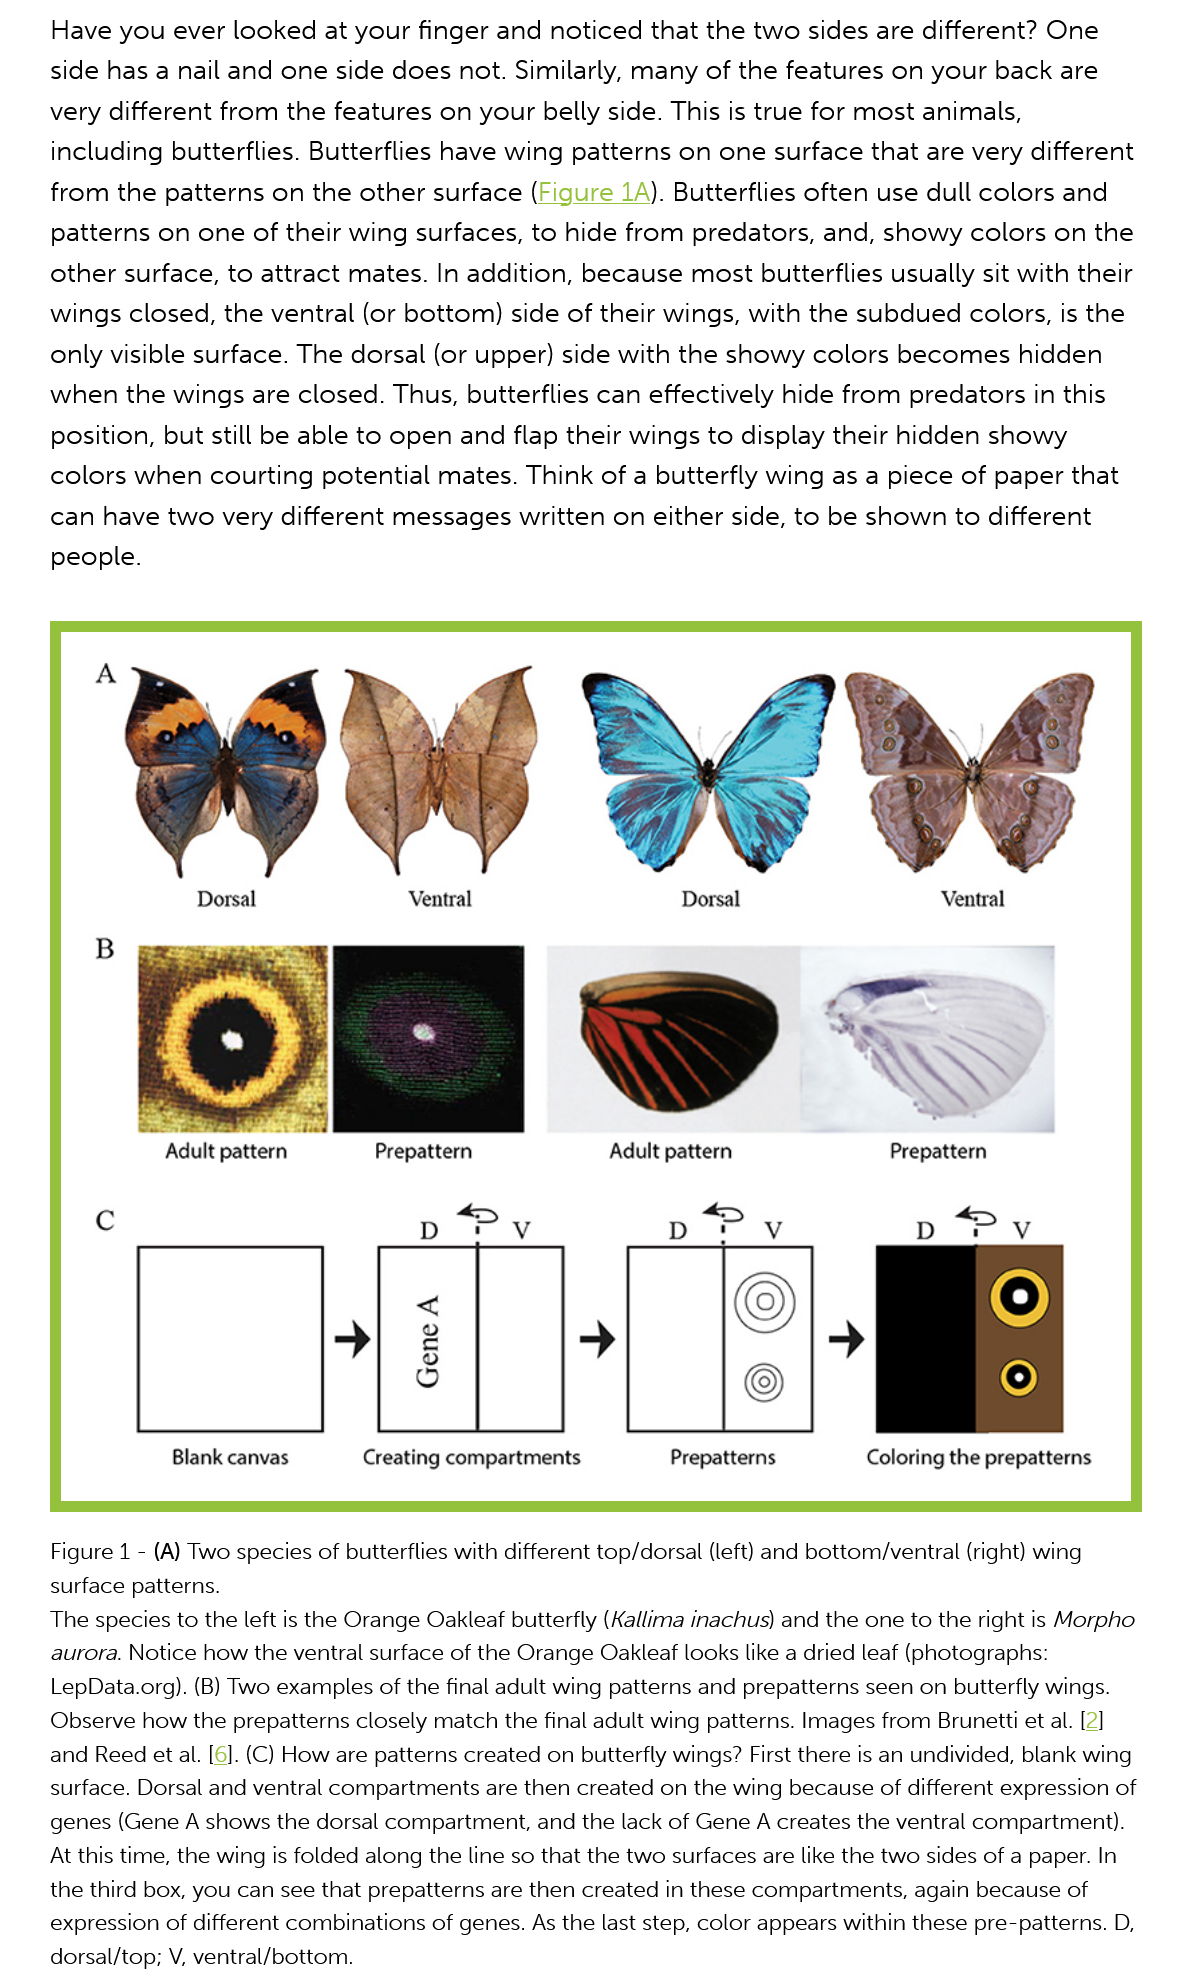
Have  you ever looked   at your finger and noticed that the two sides  are different? One
     side has a nail and one side does  not. Similarly, many of the features on  your back  are
     very different from the features on  your belly side. This is true for most animals,
     including butterflies. Butterflies have wing patterns on one  surface that are very different

     from  the patterns on the other  surface (Figure 1A). Butterflies often use dull colors and
     patterns on  one of their wing surfaces, to hide from  predators, and, showy   colors on  the
     other surface, to attract mates. In addition, because  most  butterflies usually sit with their
     wings closed,  the ventral (or bottom) side of their wings, with the subdued   colors, is the
     only visible surface. The dorsal (or upper) side with the showy  colors  becomes hidden
     when the  wings are  closed. Thus,  butterflies can effectively hide from predators in this
     position, but still be able to open and flap their wings to display their hidden showy
     colors when   courting potential mates.  Think of a butterfly wing as a piece of paper  that
     can have  two very  different messages  written on  either side, to be shown to different
     people.
     Dorsal    Ventral    Dorsal
     Adult pattern    Prepattern    Adult pattern    Prepattern
     Blank canvas    Creating compartments
     vy
     ousy
     Prepatterns    Coloring the prepatterns
     Figure 1
     -
     (A) Two species of butterflies with different top/dorsal (left) and bottom/ventral (right) wing
     surface patterns.
     The species to the left is the Orange Oakleaf butterfly (Kallima inachus) and the one to the right is Morpho
     aurora. Notice how the ventral surface of the Orange Oakleaf looks like a dried leaf (photographs:
     LepData.org). (B) Two examples of the final adult wing patterns and prepatterns seen on butterfly wings.
     Observe how the prepatterns closely match the final adult wing patterns. Images from Brunetti et al. [2]
     and Reed et al. [6]. (C) How are patterns created on butterfly wings? First there is an undivided, blank wing
     surface. Dorsal and ventral compartments are then created on the wing because of different expression of
     genes (Gene A shows the dorsal compartment, and the lack of Gene A creates the ventral compartment).
     At this time, the wing is folded along the line so that the two surfaces are like the two sides of a paper. In
     the third box, you can see that prepatterns are then created in these compartments, again because of
     expression of different combinations of genes. As the last step, color appears within these pre-patterns. D,
     dorsal/top; V, ventral/bottom.